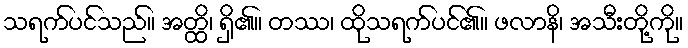
သရက်ပင်သည်။ အတ္ထိ၊ ရှိ၏။ တဿ၊ ထိုသရက်ပင်၏။ ဖလာနိ၊ အသီးတို့ကို။